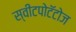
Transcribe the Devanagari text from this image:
स्वीटपोटॅटोज